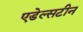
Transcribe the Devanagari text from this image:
एडेल्सटीन